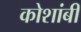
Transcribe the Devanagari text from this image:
कोशांबी